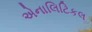
એનાલિટિકલ